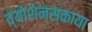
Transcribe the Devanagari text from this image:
व्योशेन्स्काया